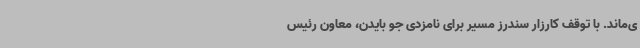
ی‌ماند. با توقف کارزار سندرز مسیر برای نامزدی جو بایدن، معاون رئیس